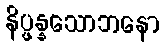
နိပ္ဖန္နသောဘနော